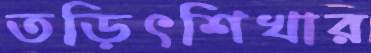
তড়িৎশিখার